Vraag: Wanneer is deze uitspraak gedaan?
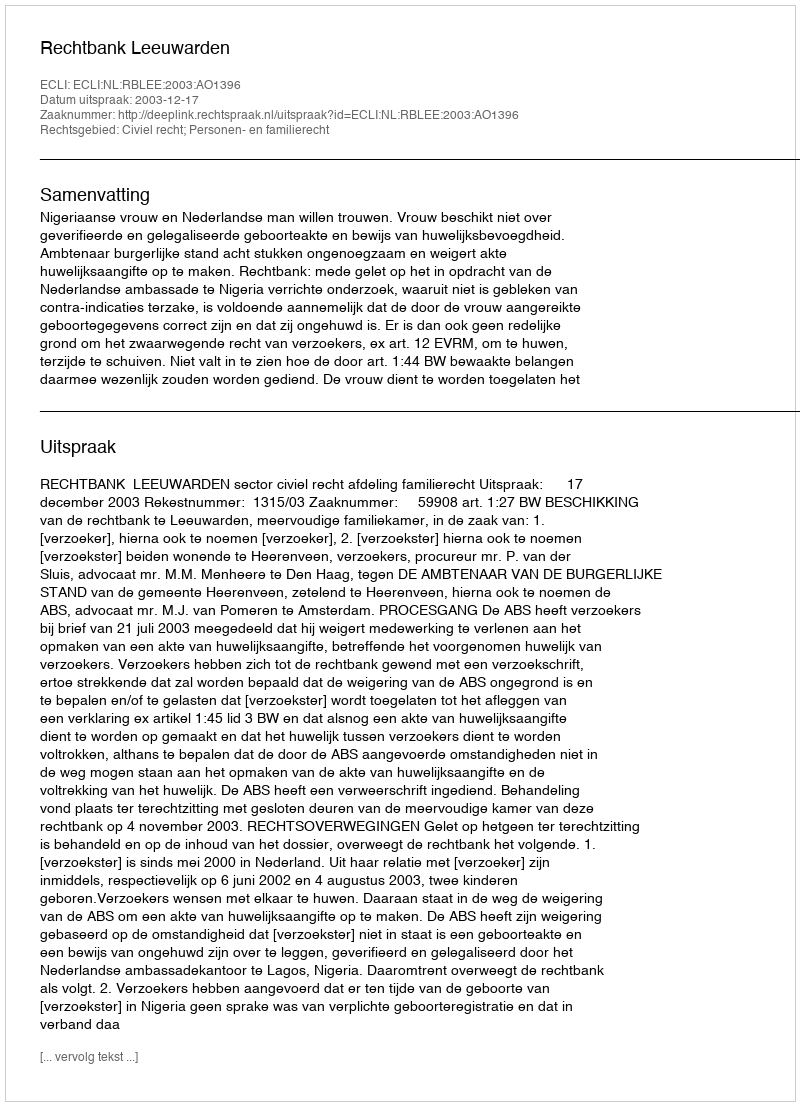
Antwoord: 2003-12-17